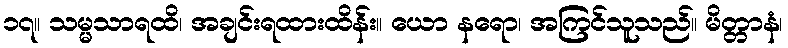
၁၇။ သမ္မသာရထိ၊ အချင်းရထားထိန်း။ ယော နရော၊ အကြင်သူသည်။ မိတ္တာနံ၊